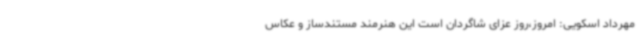
مهرداد اسکویی: امروز،روز عزای شاگردان است این هنرمند مستندساز و عکاس